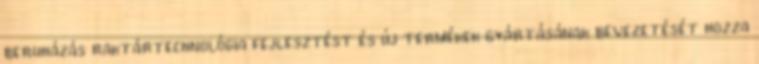
beruházás raktártechnológia fejlesztést és új termékek gyártásának bevezetését hozza